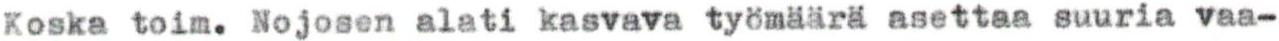
Koska toim. Nojosen alati kasvava työmäärä asettaa suuria vaa-